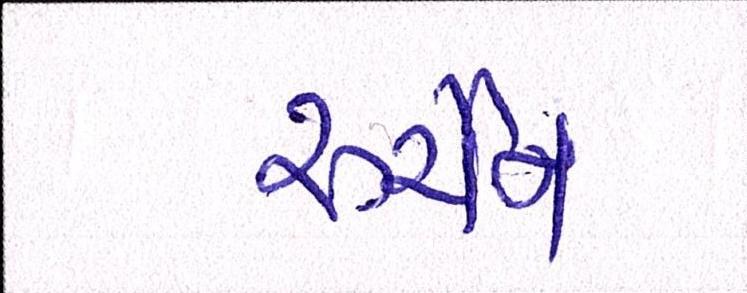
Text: સ્ચૈન